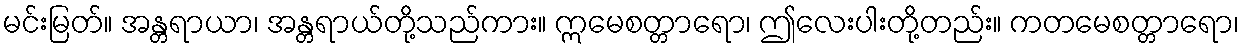
မင်းမြတ်။ အန္တရာယာ၊ အန္တရာယ်တို့သည်ကား။ ဣမေစတ္တာရော၊ ဤလေးပါးတို့တည်း။ ကတမေစတ္တာရော၊